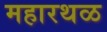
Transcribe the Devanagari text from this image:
महारथळ